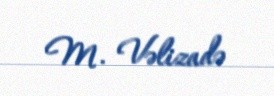
M. Vəlizadə